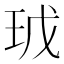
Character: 𭸿